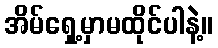
အိမ်ရှေ့မှာမထိုင်ပါနဲ့။